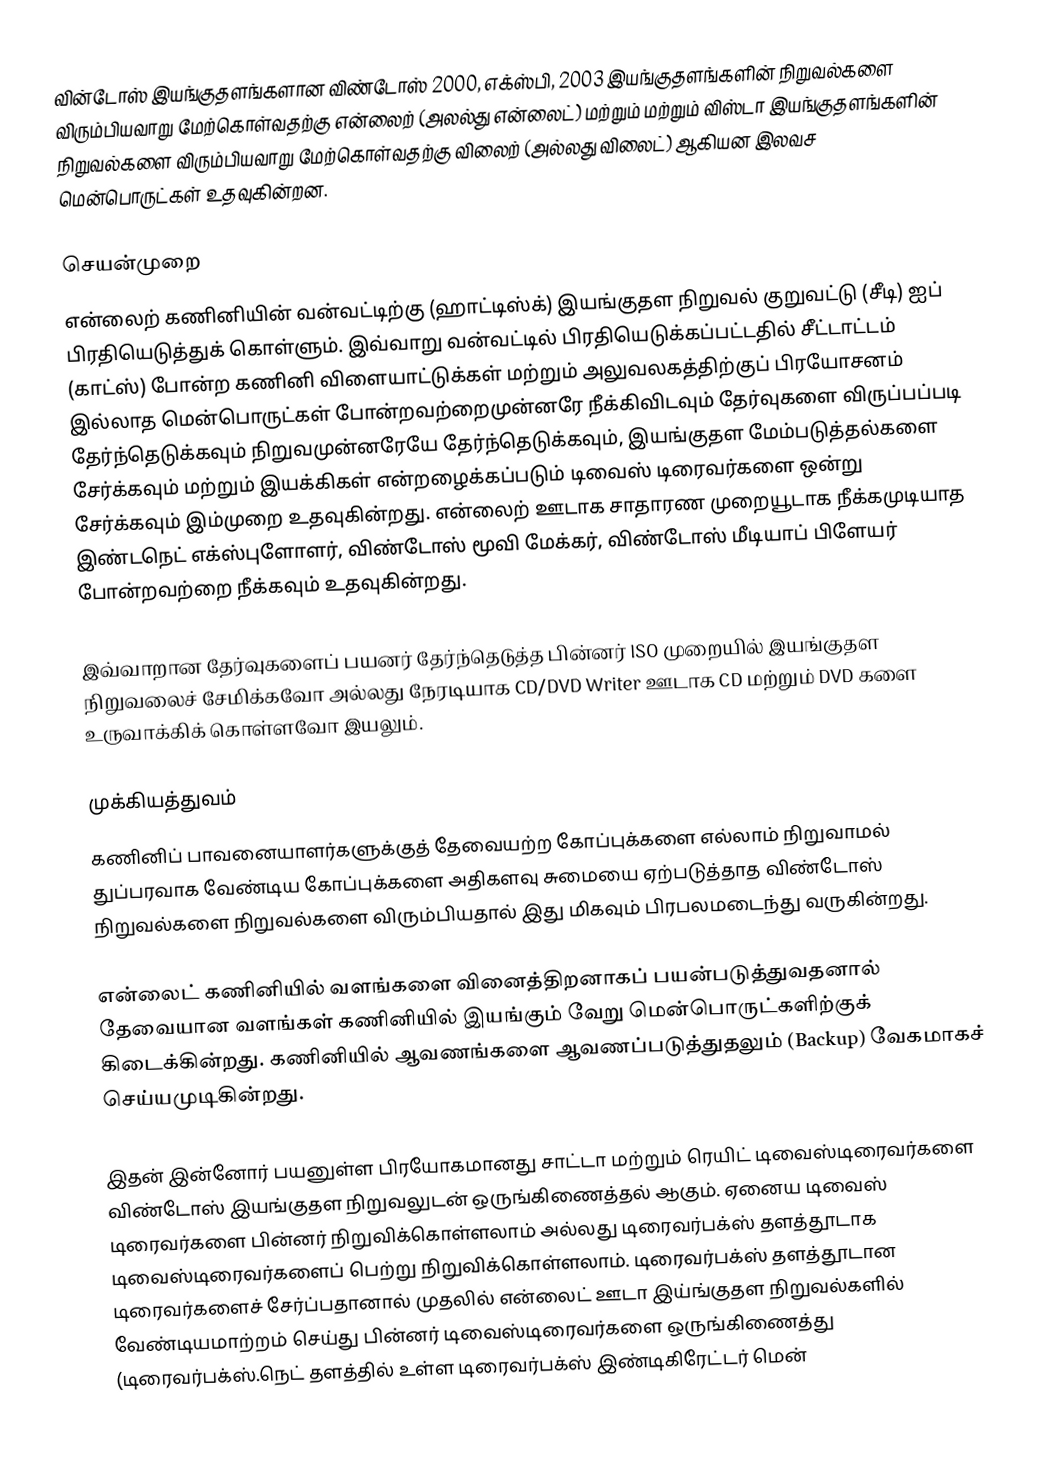
வின்டோஸ் இயங்குதளங்களான விண்டோஸ் 2000, எக்ஸ்பி, 2003 இயங்குதளங்களின் நிறுவல்களை விரும்பியவாறு மேற்கொள்வதற்கு என்லைற் (அலல்து என்லைட்) மற்றும்  மற்றும் விஸ்டா இயங்குதளங்களின் நிறுவல்களை விரும்பியவாறு மேற்கொள்வதற்கு விலைற் (அல்லது விலைட்) ஆகியன இலவச மென்பொருட்கள் உதவுகின்றன.

செயன்முறை
என்லைற் கணினியின் வன்வட்டிற்கு (ஹாட்டிஸ்க்) இயங்குதள நிறுவல் குறுவட்டு (சீடி) ஐப் பிரதியெடுத்துக் கொள்ளும். இவ்வாறு வன்வட்டில் பிரதியெடுக்கப்பட்டதில் சீட்டாட்டம் (காட்ஸ்) போன்ற கணினி விளையாட்டுக்கள் மற்றும் அலுவலகத்திற்குப் பிரயோசனம் இல்லாத மென்பொருட்கள் போன்றவற்றைமுன்னரே நீக்கிவிடவும் தேர்வுகளை விருப்பப்படி தேர்ந்தெடுக்கவும் நிறுவமுன்னரேயே தேர்ந்தெடுக்கவும், இயங்குதள மேம்படுத்தல்களை சேர்க்கவும் மற்றும் இயக்கிகள் என்றழைக்கப்படும் டிவைஸ் டிரைவர்களை ஒன்று சேர்க்கவும் இம்முறை உதவுகின்றது. என்லைற் ஊடாக சாதாரண முறையூடாக நீக்கமுடியாத இண்டநெட் எக்ஸ்புளோளர், விண்டோஸ் மூவி மேக்கர், விண்டோஸ் மீடியாப் பிளேயர் போன்றவற்றை நீக்கவும் உதவுகின்றது.

இவ்வாறான தேர்வுகளைப் பயனர் தேர்ந்தெடுத்த பின்னர் ISO முறையில் இயங்குதள நிறுவலைச் சேமிக்கவோ அல்லது நேரடியாக CD/DVD Writer ஊடாக CD மற்றும் DVD களை உருவாக்கிக் கொள்ளவோ இயலும்.

முக்கியத்துவம்
கணினிப் பாவனையாளர்களுக்குத் தேவையற்ற கோப்புக்களை எல்லாம் நிறுவாமல் துப்பரவாக வேண்டிய கோப்புக்களை அதிகளவு சுமையை ஏற்படுத்தாத விண்டோஸ் நிறுவல்களை நிறுவல்களை விரும்பியதால் இது மிகவும் பிரபலமடைந்து வருகின்றது.

என்லைட் கணினியில் வளங்களை வினைத்திறனாகப் பயன்படுத்துவதனால் தேவையான வளங்கள் கணினியில் இயங்கும் வேறு மென்பொருட்களிற்குக் கிடைக்கின்றது. கணினியில் ஆவணங்களை ஆவணப்படுத்துதலும் (Backup) வேகமாகச் செய்யமுடிகின்றது.

இதன் இன்னோர் பயனுள்ள பிரயோகமானது சாட்டா மற்றும் ரெயிட் டிவைஸ்டிரைவர்களை விண்டோஸ் இயங்குதள நிறுவலுடன் ஒருங்கிணைத்தல் ஆகும். ஏனைய டிவைஸ் டிரைவர்களை பின்னர் நிறுவிக்கொள்ளலாம் அல்லது டிரைவர்பக்ஸ் தளத்தூடாக டிவைஸ்டிரைவர்களைப் பெற்று நிறுவிக்கொள்ளலாம். டிரைவர்பக்ஸ் தளத்தூடான டிரைவர்களைச் சேர்ப்பதானால் முதலில் என்லைட் ஊடா இய்ங்குதள நிறுவல்களில் வேண்டியமாற்றம் செய்து பின்னர் டிவைஸ்டிரைவர்களை ஒருங்கிணைத்து (டிரைவர்பக்ஸ்.நெட் தளத்தில் உள்ள டிரைவர்பக்ஸ் இண்டிகிரேட்டர் மென்